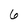
Character: 6